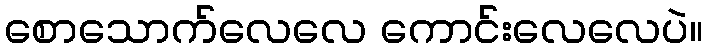
စောသောက်လေလေ ကောင်းလေလေပဲ။